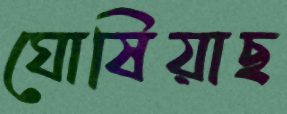
ঘোষিয়াছ